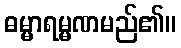
ဓမ္မာရမ္မဏမည်၏။